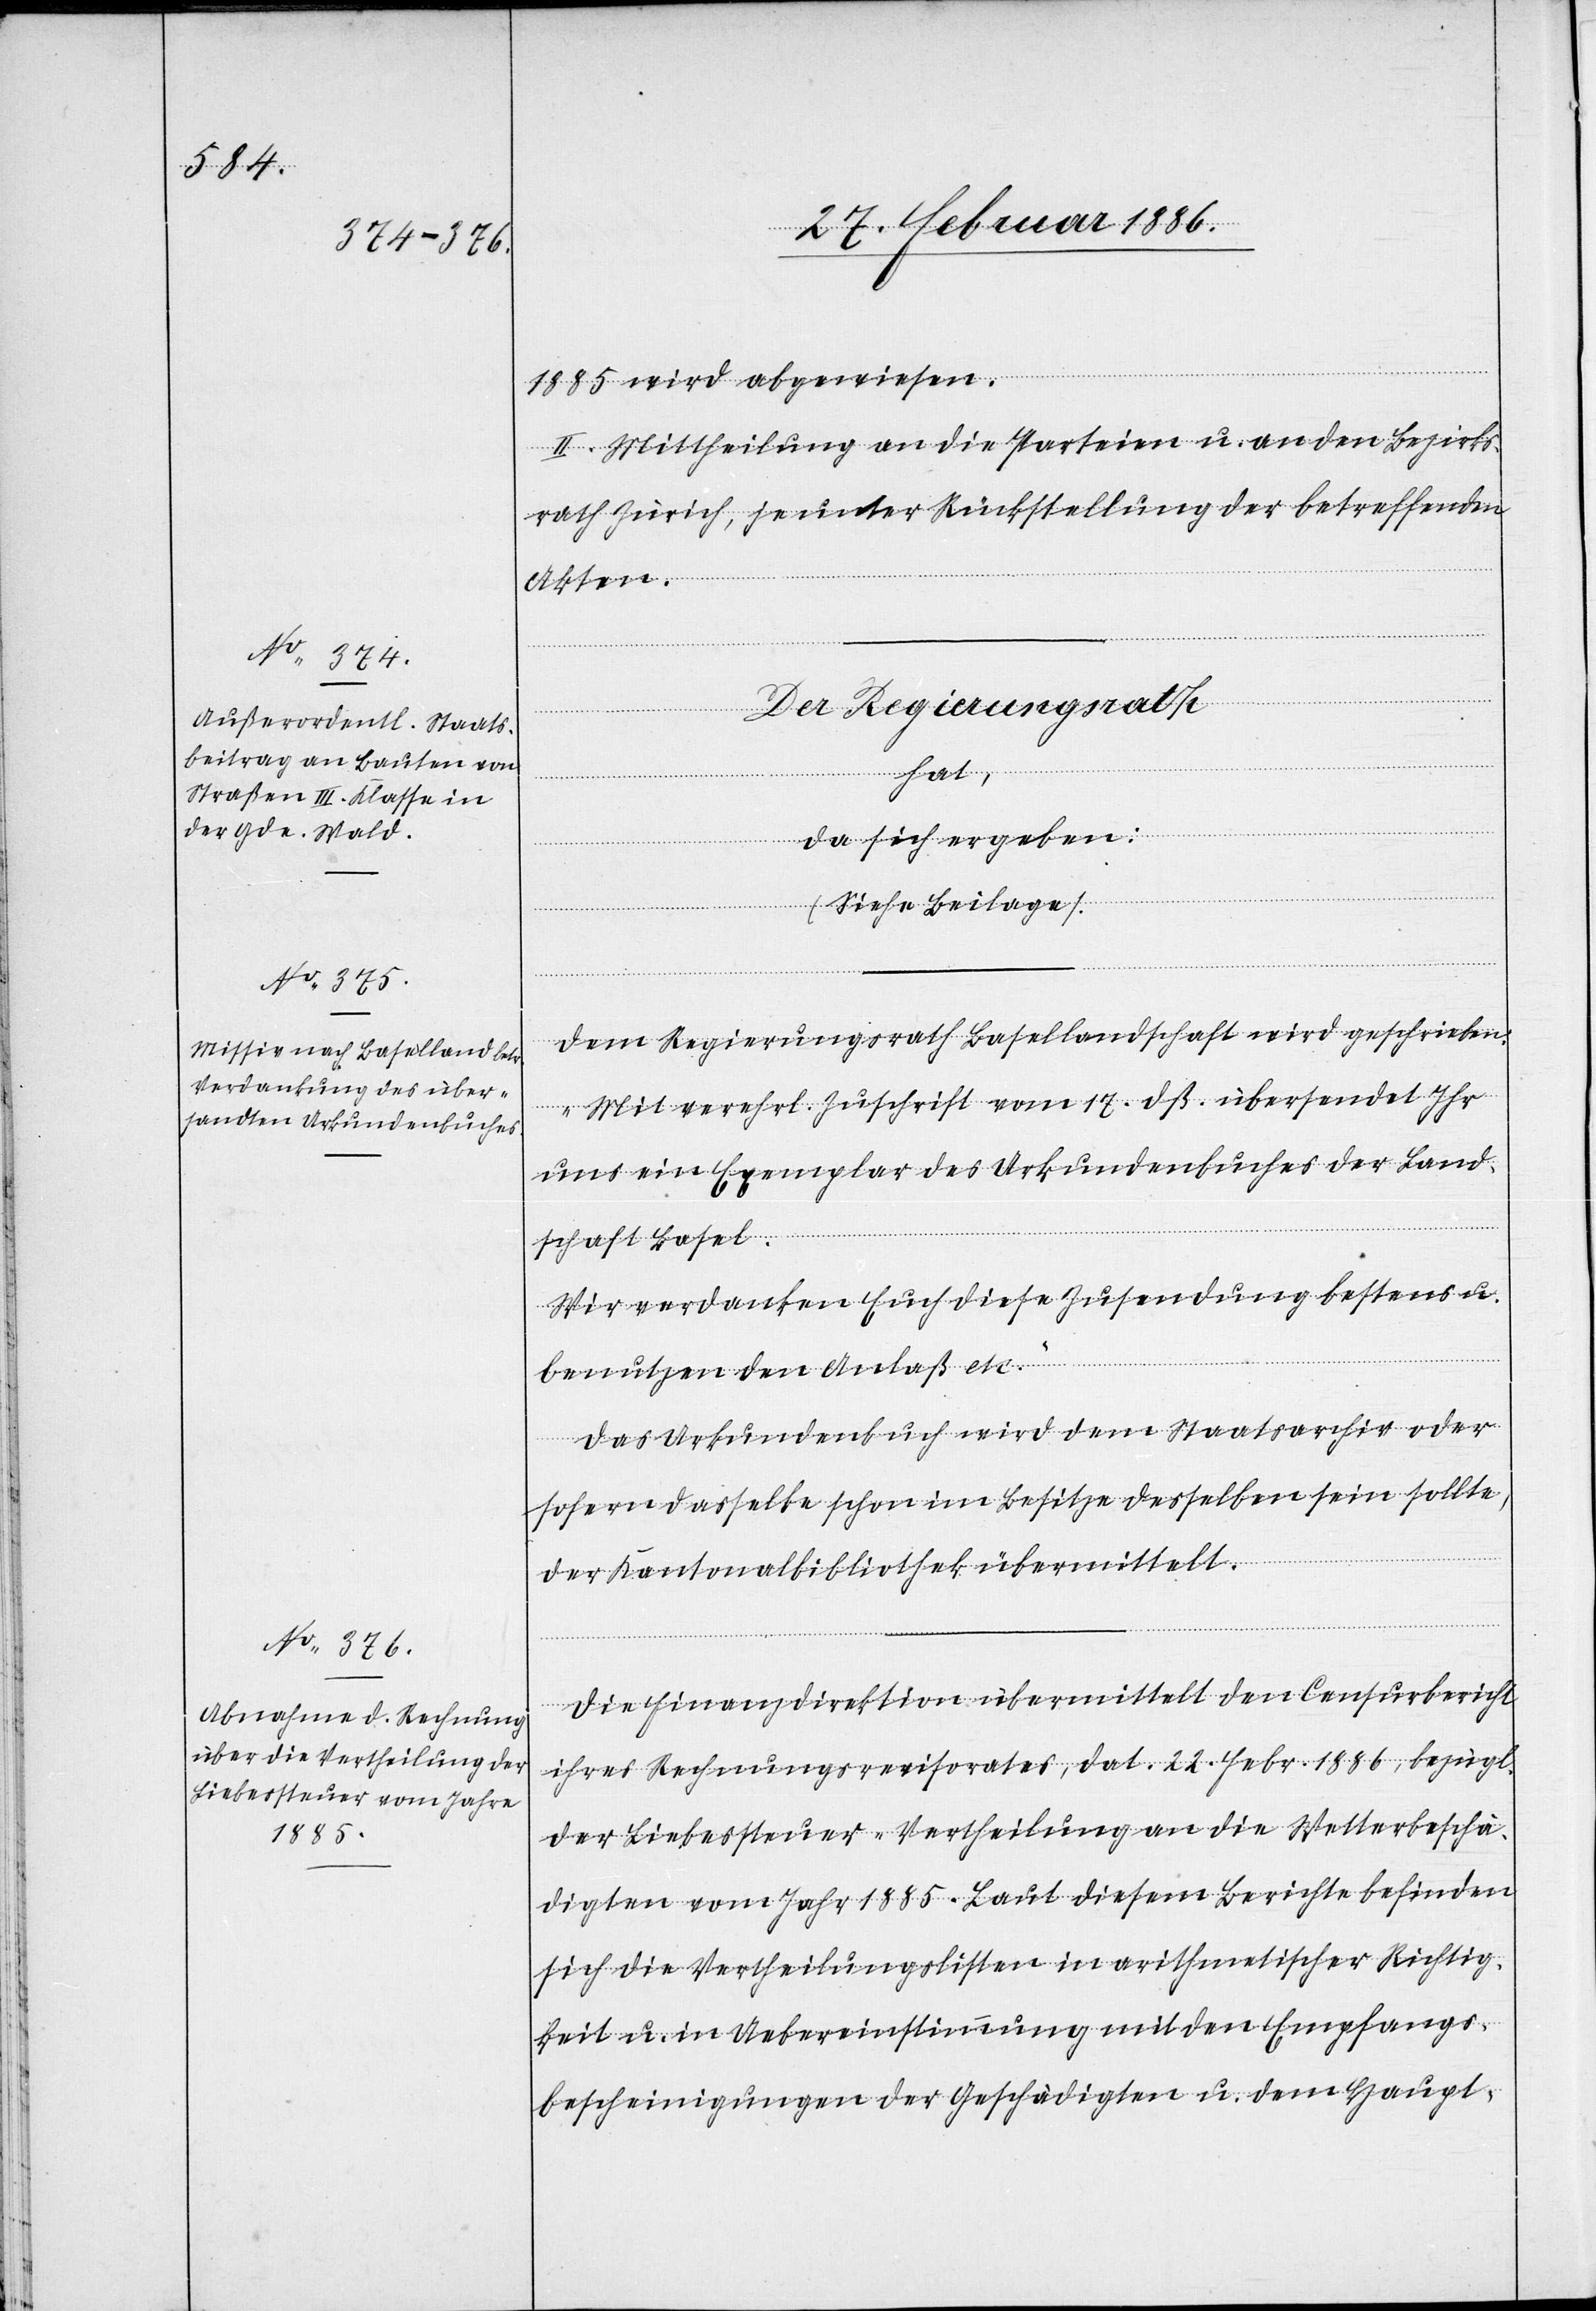
Dem Regierungsrath Basellandschaft wird geschrieben:
„Mit verehrl. Zuschrift vom 17. dß. übersendet Ihr
uns ein Exemplar des Urkundenbuches der Land¬
schaft Basel.
Wir verdanken Euch diese Zusendung bestens u.
benutzen den Anlaß etc.“
Das Urkundenbuch wird dem Staatsarchiv oder
sofern dasselbe schon im Besitze desselben sein sollte,
der Kantonalbibliothek übermittelt.
Die Finanzdirektion übermittelt den Censurbericht
ihres Rechnungsrevisorates, dat. 22. Febr. 1886, bezügl.
der Liebessteuer-Vertheilung an die Wasserbeschä¬
digten vom Jahr 1885. Laut diesem Berichte befinden
sich die Vertheilungslisten in arithmetischer Richtig¬
keit u. in Uebereinstimmung mit den Empfangs¬
bescheinigungen der Geschädigten u. dem Haupt-